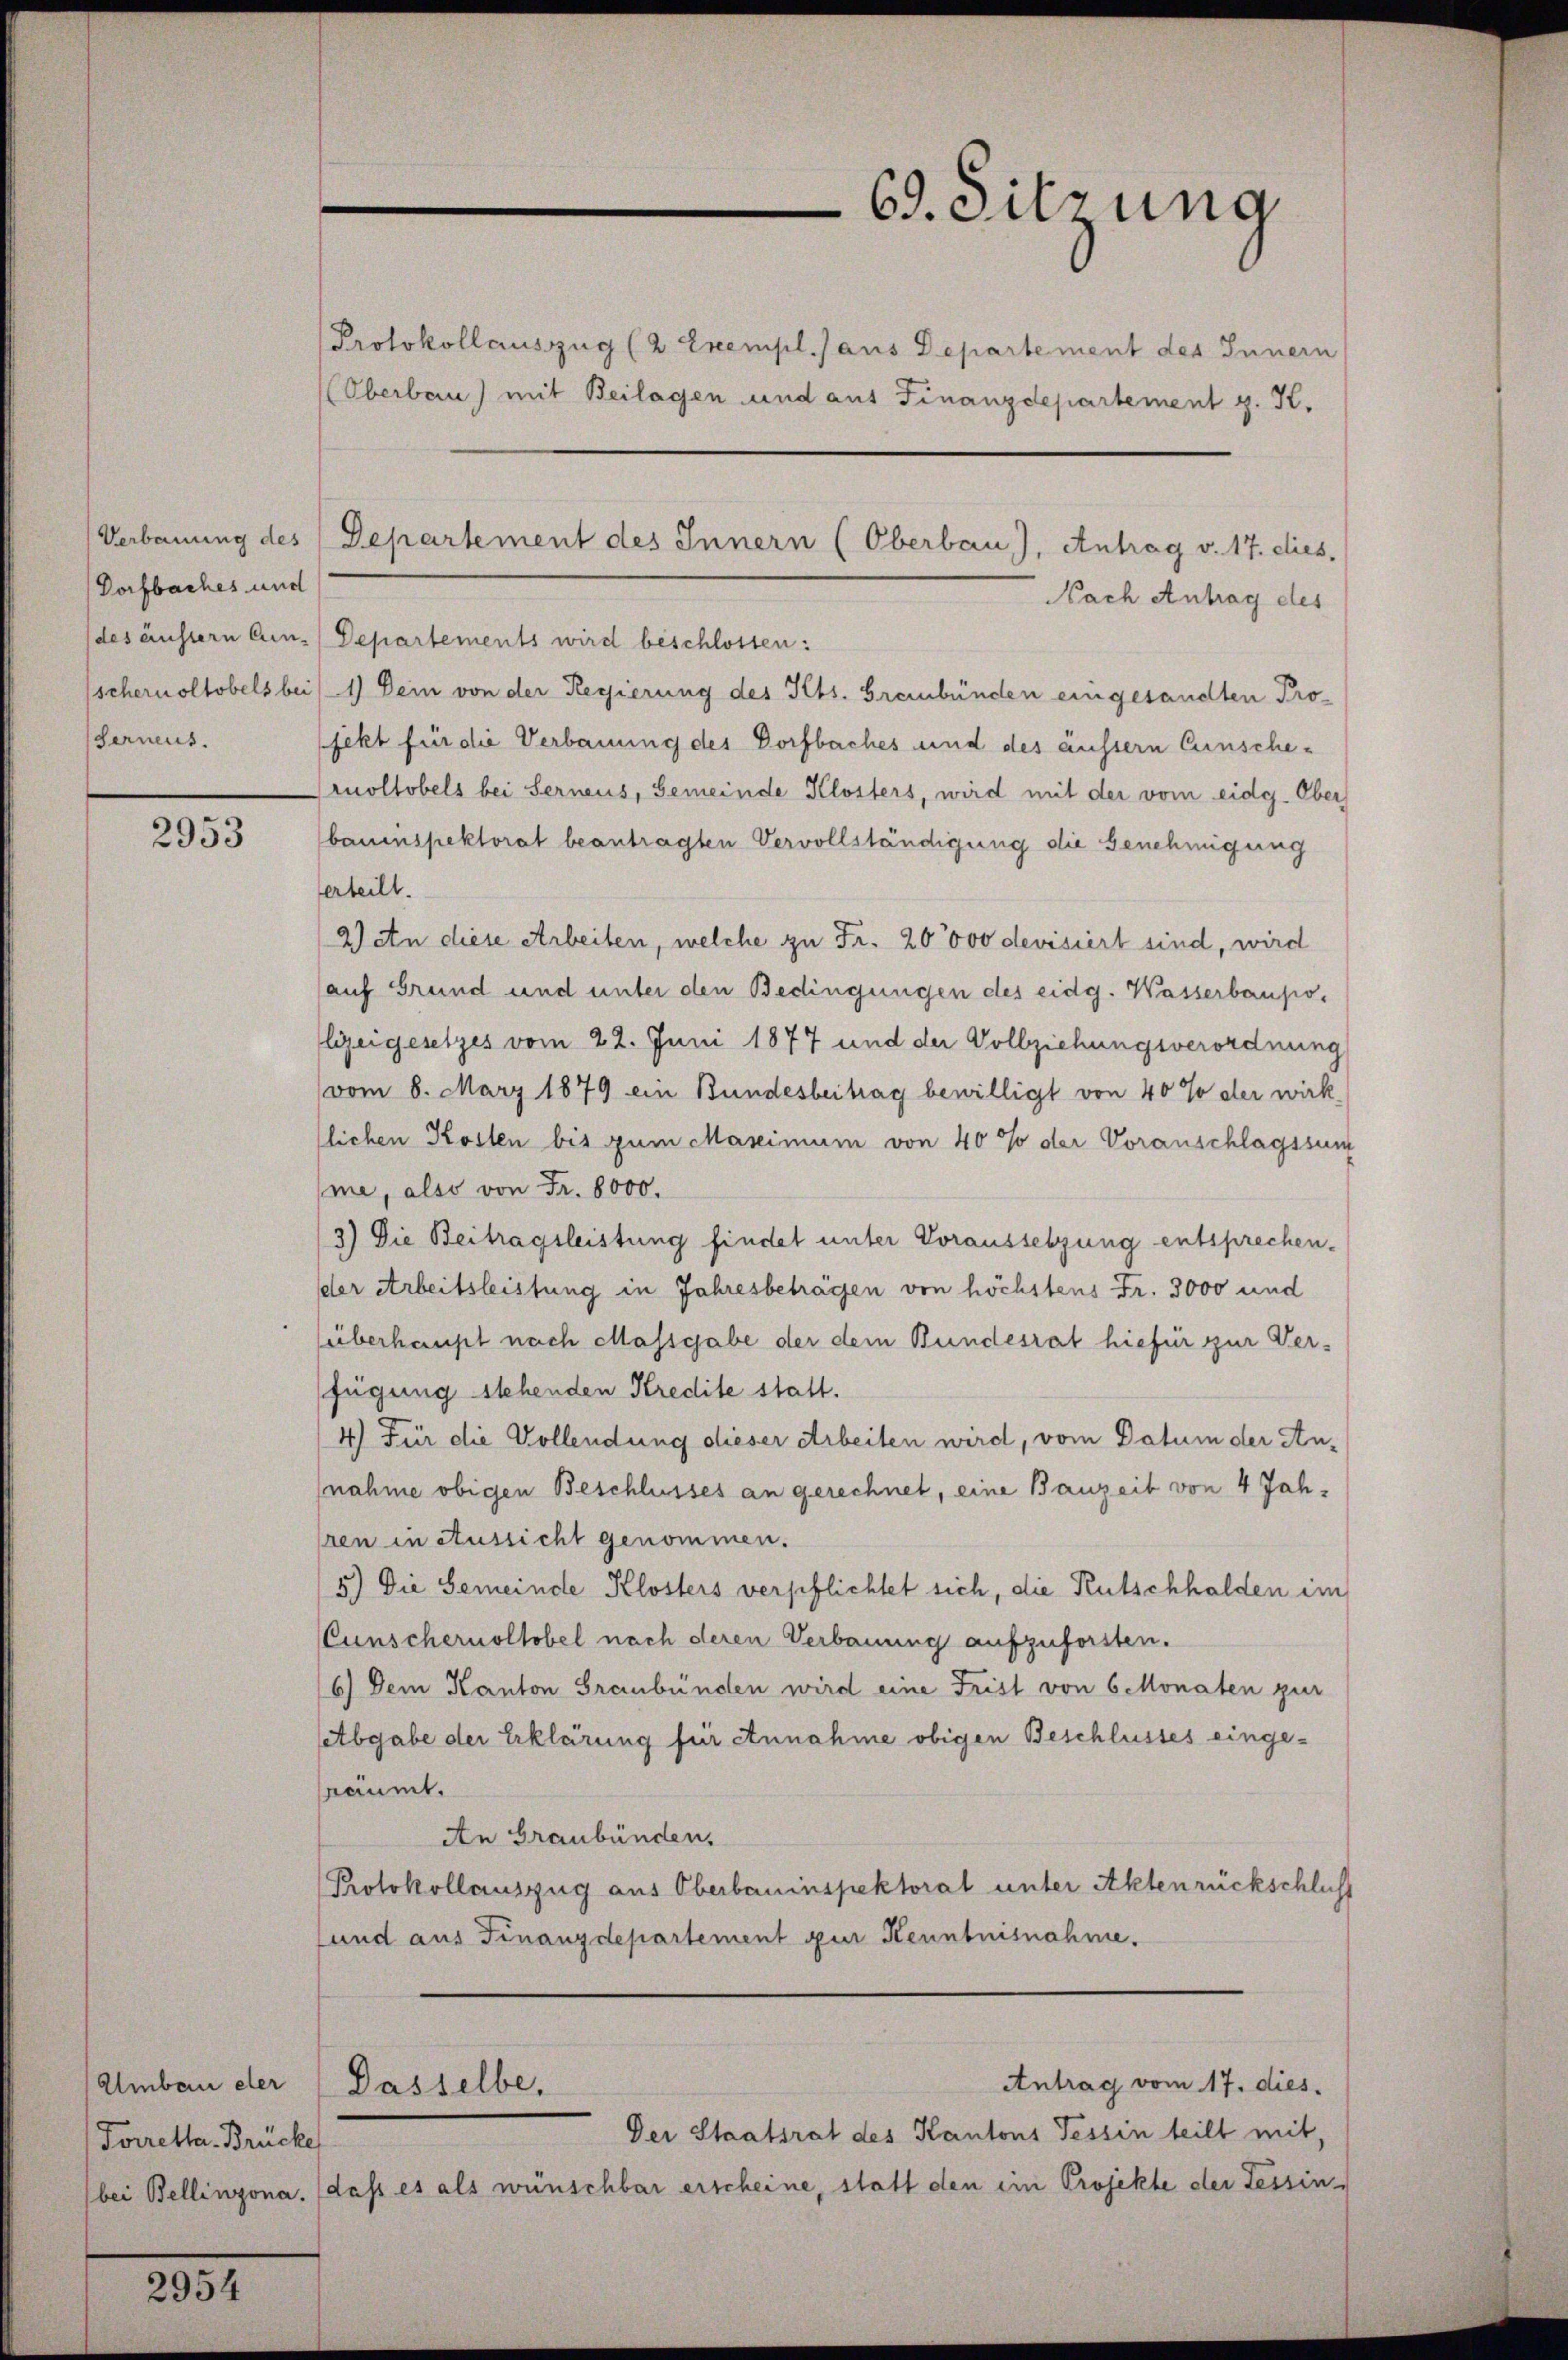
Dorfbaches und
des äussern Cun-
scheruoltobels bei
serneus.

2953

Umbau der
Forretta Brücke

2954

Departements wird beschlossen:
1) Dein von der Regierung des Kts. Graubünden eingesandten Profekt für die Verbauung des Dorfbaches und des äussern Einscheruoltobels bei Serneus, Gemeinde Klosters, wird mit der vom eidg. Ober
bauinspektorat beantragten Vervollständigung die Genehmigung
erteilt.
2 an diese Arbeiten, welche zu Fr. 20000 devisiert sind, wird
auf Grund und unter den Bedingungen des eidg. Wasserbaupolizeigesetzes vom 22. Juni 1877 und der Vollziehungsverordnung
vom 8. März 1879 ein Bundesbeitag bewilligt von 40% der wirk
llichen Kosten bis zum Maximum von 40% der Voranschlagssum
me, also von Fr. 8000.
3) Die Beitragsleistung findet unter Voraussetzung entsprechen.
der Arbeitsleistung in Jahresbeträgen von höchstens Fr. 3000 und
(überhaupt nach Massgabe der dem Bundesrat hiefür zur Ver-
fügung stehenden Kredite statt.
4) Für die Vollendung dieser Arbeiten wird, vom Datum der An-
nahme obigen Beschlusses an gerechnet, eine Bauzeit von 4 Jahren in Aussicht genommen.
5.) Die Gemeinde Klosters verpflichtet sich, die Kutschhalden im
Cunscheruoltobel nach deren Verbauung aufzuforsten.
6) Dem Kanton Graubünden wird eine Frist von 6 Monaten zur
Abgabe der Erklärung für etnnahme obigen Beschlusses eingenäumt.
An Graubünden.
Protokollauszug aus Oberbauinspektorat unter Aktenrückschlicht
und aus Finanzdepartement zur Kenntnisnahme.
Antrag vom 17. dies.
Dasselbe,
Der Staatsrat des Kantons Tessin teilt mit,
bei Bellinzona. (dass es als wünschbar erscheine, statt den ein Projekte der Tessin,

69. Sitzung
Protokollauszug (2 Exempl. aus Departement des Innern
Oberbern) mit Beilagen und aus Finanzdepartement z. K.

Verbauung des Departement des Innern (Oberbau), Antrag v. 17. dies,
Nach Antrag des